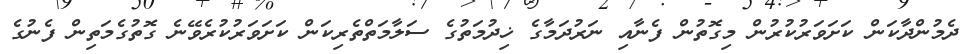
ދެމުންދާކަން ކަށަވަރުކުރުން މިގޮތުން ފެނާއި ނަރުދަމާގެ ޚިދުމަތުގެ ސަލާމަތްތެރިކަން ކަށަވަރުކުރެވޭނެ ގޮތުގެމަތިން ފެނުގެ